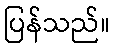
ပြန်သည်။